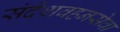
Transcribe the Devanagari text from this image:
संदेशवहनसेवा